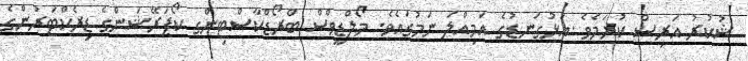
ޝުކުރު އަރިސް ކުރަމެވެ .އަޅުގަނޑުގެ އަމިއްލަ ނަމުގައެވެ. މޯލްޑީވްސް ބްރޯޑްކާސްޓިންގ ކޯޕަރޭޝަންގެ ޑިރެކްޓަރުންގެ